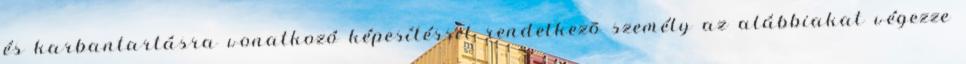
és karbantartásra vonatkozó képesítéssel rendelkezõ személy az alábbiakat végezze